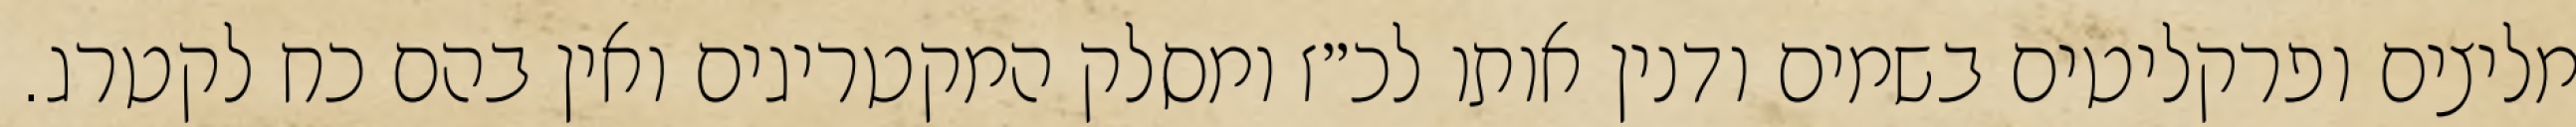
מליצים ופרקליטים בשמים ודנין אותו לכ״ז ומסלק המקטריגים ואין בהם כח לקטרג.